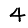
Digit: 4